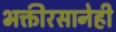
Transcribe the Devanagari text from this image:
भक्तीरसानेही